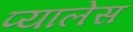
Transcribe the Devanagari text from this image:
प्यालेस